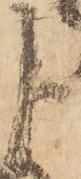
よ